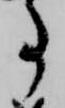
事